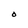
Character: O